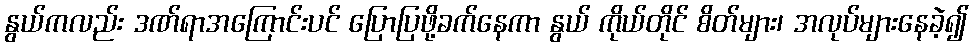
နွယ်ကလည်း ဒဏ်ရာအကြောင်းပင် ပြောပြဖို့ခက်နေကာ နွယ် ကိုယ်တိုင် စိတ်များ၊ အလုပ်များနေခဲ့၍